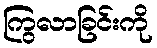
ကြွလာခြင်းကို